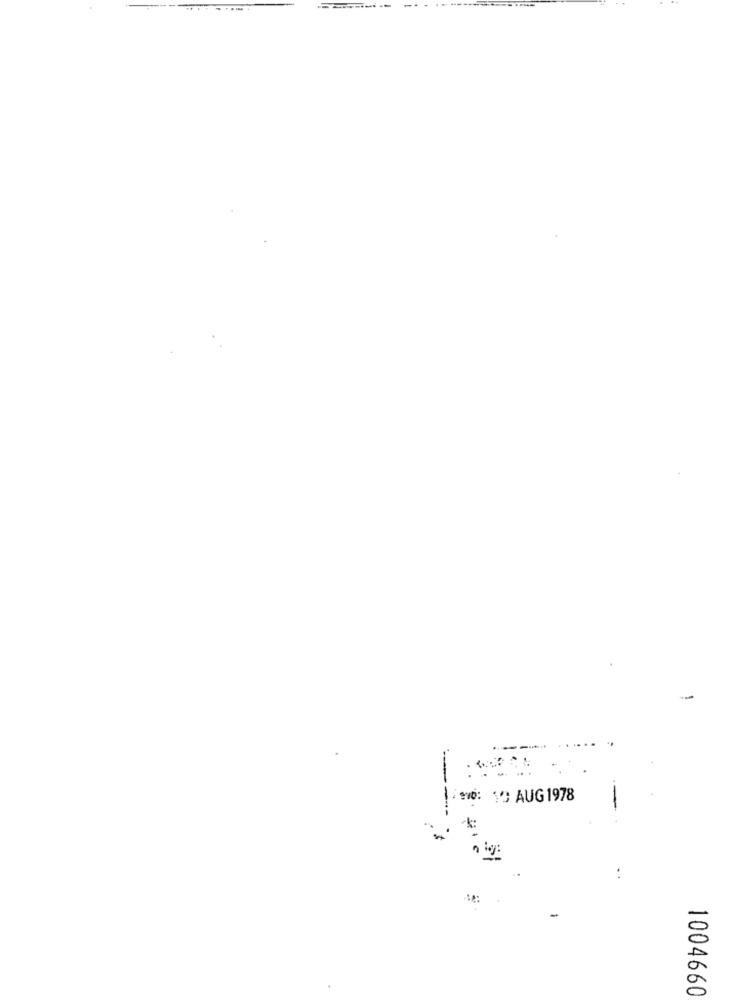
---
NO: 10 AUG 1978
--
-
1004660